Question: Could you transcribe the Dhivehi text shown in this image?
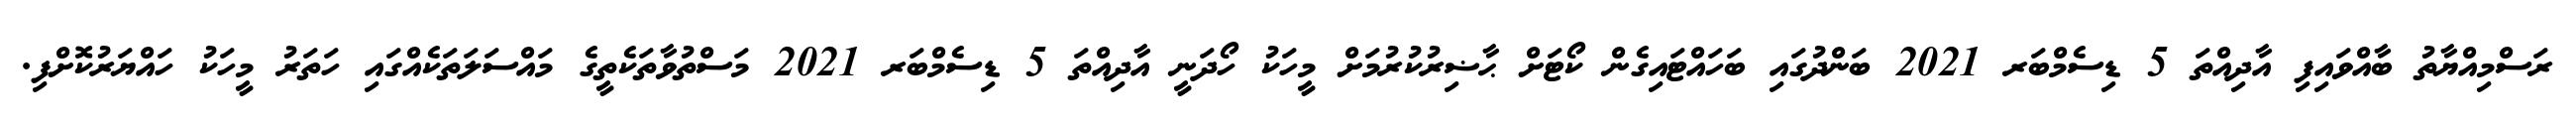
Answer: ރަސްމިއްޔާތު ބާއްވައިފި އާދިއްތަ 5 ޑިސެމްބަރ 2021 ބަންދުގައި ބަހައްޓައިގެން ކޯޓަށް ޙާޟިރުކުރުމަށް މީހަކު ހޯދަނީ އާދިއްތަ 5 ޑިސެމްބަރ 2021 މަސްތުވާތަކެތީގެ މައްސަލަތަކެއްގައި ހަތަރު މީހަކު ހައްޔަރުކޮށްފި.